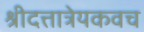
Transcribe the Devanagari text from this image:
श्रीदत्तात्रेयकवच